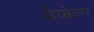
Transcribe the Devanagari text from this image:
वेय्केल्प